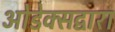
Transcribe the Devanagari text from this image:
ओडेक्सद्वारा